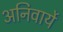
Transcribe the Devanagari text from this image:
अनिवार्ये